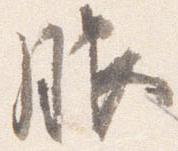
服